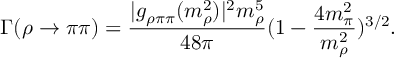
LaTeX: \Gamma ( \rho \rightarrow \pi \pi ) = \frac { | g _ { \rho \pi \pi } ( m _ { \rho } ^ { 2 } ) | ^ { 2 } m _ { \rho } ^ { 5 } } { 4 8 \pi } ( 1 - \frac { 4 m _ { \pi } ^ { 2 } } { m _ { \rho } ^ { 2 } } ) ^ { 3 / 2 } .